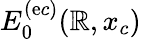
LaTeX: E_{0}^{(\mathrm{e}c)}(\mathbb{R},x_{c})